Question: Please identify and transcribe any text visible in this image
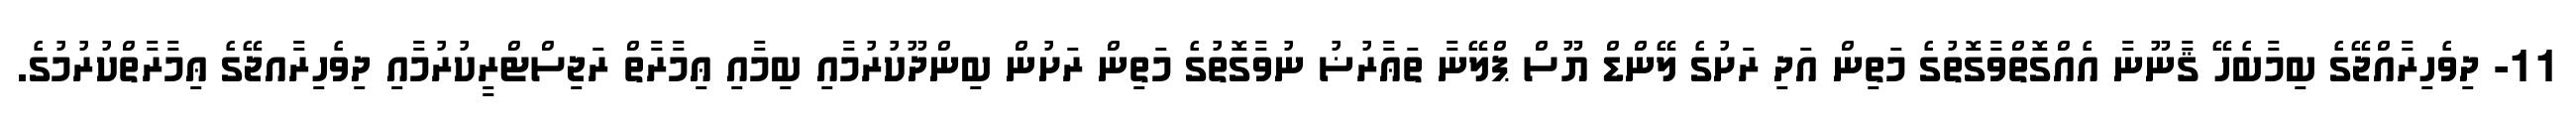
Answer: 11- ދިވެހިރާއްޖޭގެ ބިމާބެހޭ ޤާނޫނާ އެއްގޮތްވާގޮތުގެ މަތިން އަދި ރަށުގެ ލޭންޑް ޔޫސް ޕްލޭނާ ތަޢާރުޟު ނުވާގޮތުގެ މަތިން ރަށުން ބިންދޫކުރުމާއި ބިމާއި ޢިމާރާތް ރަޖިސްޓްރީކުރުމާއި ދިވެހިރާއޖޭގެ ޢިމާރާތްކުރުމުގެ.